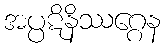
အပ္ပဋိနိဿဂ္ဂေန